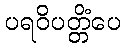
ပရဝိပတ္တိံပေ